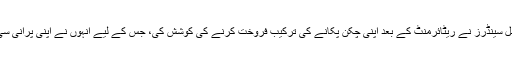
مشہور ریسٹورنٹ کے ایف سی کے مالک کرنل سینڈرز نے ریٹائرمنٹ کے بعد اپنی چکن پکانے کی ترکیب فروخت کرنے کی کوشش کی، جس کے لیے انہوں نے اپنی پرانی سی کار میں امریکا کی کئی ریاستوں کا سفر کیا۔